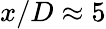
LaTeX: x/D\approx 5